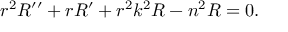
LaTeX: r ^ { 2 } R ^ { \prime \prime } + r R ^ { \prime } + r ^ { 2 } k ^ { 2 } R - n ^ { 2 } R = 0 .